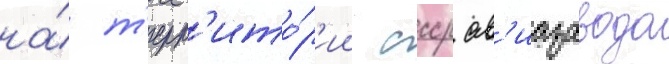
на́ т'ерр'ито́р'ии ссср ав'иазавода